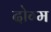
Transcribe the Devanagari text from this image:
दोग्म